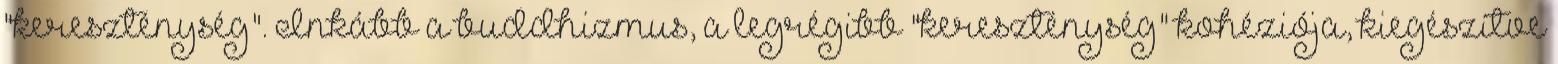
"kereszténység". Inkább a buddhizmus, a legrégibb "kereszténység" kohéziója, kiegészítve